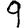
Digit: 9